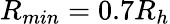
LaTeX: R_{min}=0.7R_{h}